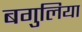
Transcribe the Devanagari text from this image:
बगुलिया